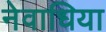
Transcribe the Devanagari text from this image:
नेवाधिया